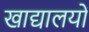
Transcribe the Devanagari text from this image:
खाद्यालयों